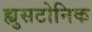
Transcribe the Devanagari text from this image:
ह्युसटोनिक